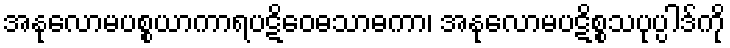
အနုလောမပစ္စယာကာရပဋိဝေဓသာဓကာ၊ အနုလောမပဋိစ္စသပုပ္ပါဒ်ကို